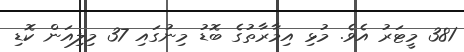
381 މީޓަރު އެވެ. މުޅި އިމާރާތުގެ ބޮޑު މިނުގައި 37 މިލިއަން ކޮޑި